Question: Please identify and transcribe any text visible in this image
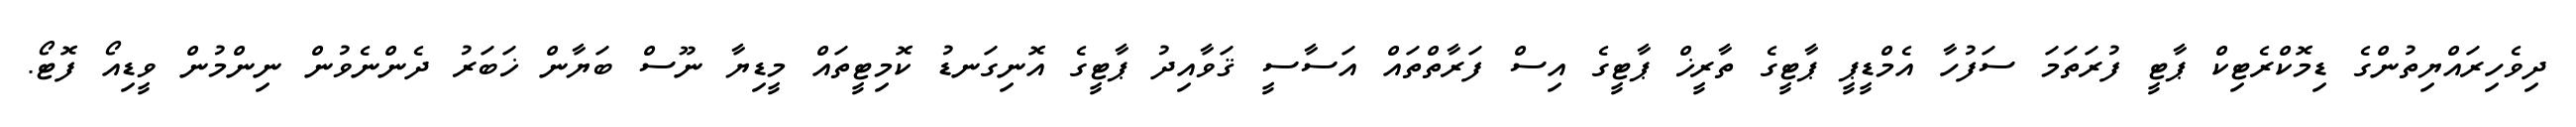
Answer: ދިވެހިރައްޔިތުންގެ ޑިމޮކްރެޓިކް ޕާޓީ ފުރަތަމަ ސަފުހާ އެމްޑީޕީ ޕާޓީގެ ތާރީޚް ޕާޓީގެ އިސް ފަރާތްތައް އަސާސީ ޤަވާއިދު ޕާޓީގެ އޮނިގަނޑު ކޮމިޓީތައް މީޑިޔާ ނޫސް ބަޔާން ޚަބަރު ދެންނެވުން ނިންމުން ވީޑިއޯ ފޮޓޯ.